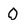
Character: 0